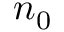
n _ { 0 }